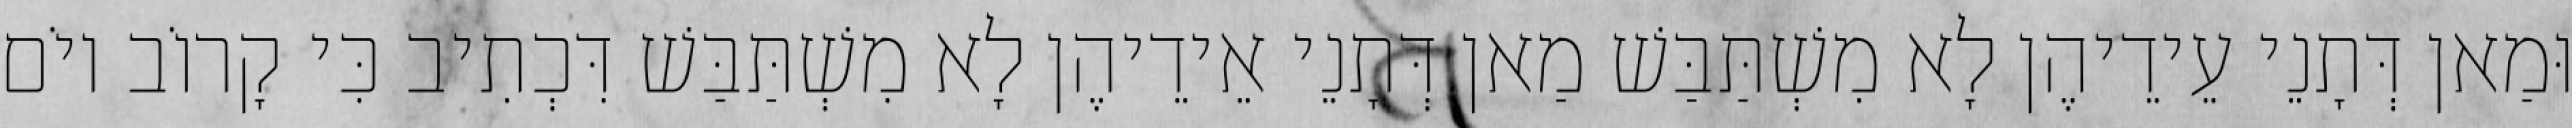
וּמַאן דְּתָנֵי עֵידֵיהֶן לָא מִשְׁתַּבַּשׁ מַאן דְּתָנֵי אֵידֵיהֶן לָא מִשְׁתַּבַּשׁ דִּכְתִיב כִּי קָרוֹב יוֹם